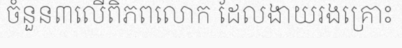
ចំនួន៣លើពិភពលោក ដែលងាយរងគ្រោះ